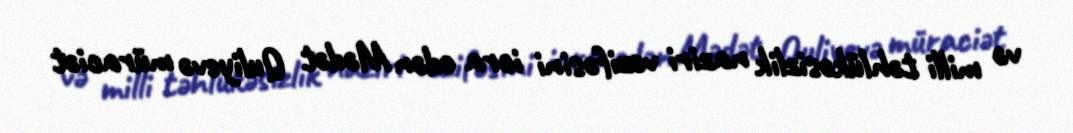
və milli təhlükəsizlik naziri vəzifəsini icra edən Mədət Quliyevə müraciət